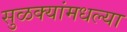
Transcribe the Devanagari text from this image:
सुळक्यांमधल्या